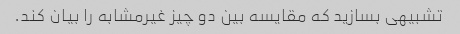
تشبیهی بسازید که مقایسه بین دو چیز غیرمشابه را بیان کند.